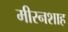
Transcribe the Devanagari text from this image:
मीरनशाह